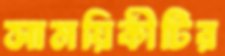
সাময়িকীটির